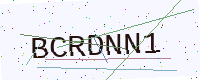
Text: BCRDNN1